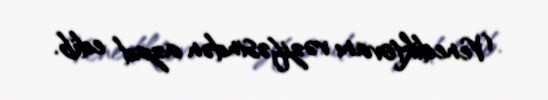
Venediktovanı vəzifəsindən azad edib.